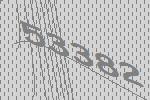
53382